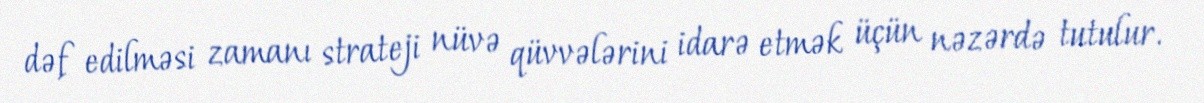
dəf edilməsi zamanı strateji nüvə qüvvələrini idarə etmək üçün nəzərdə tutulur.